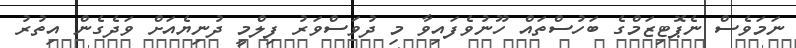
ނަމަވެސް ނެޕޮޓިޒަމްގެ ބަހުސްތައް ހޫނުވެފައިވާ މި ދުވަސްވަރު ފިލްމީ ދުނިޔެއަށް ވަދެގެން އިތުރު